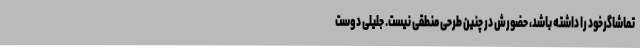
تماشاگرخود را داشته باشد، حضورش در چنین طرحی منطقی نیست. جلیلی دوست